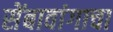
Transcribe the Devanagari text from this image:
सेंबावांगाचा